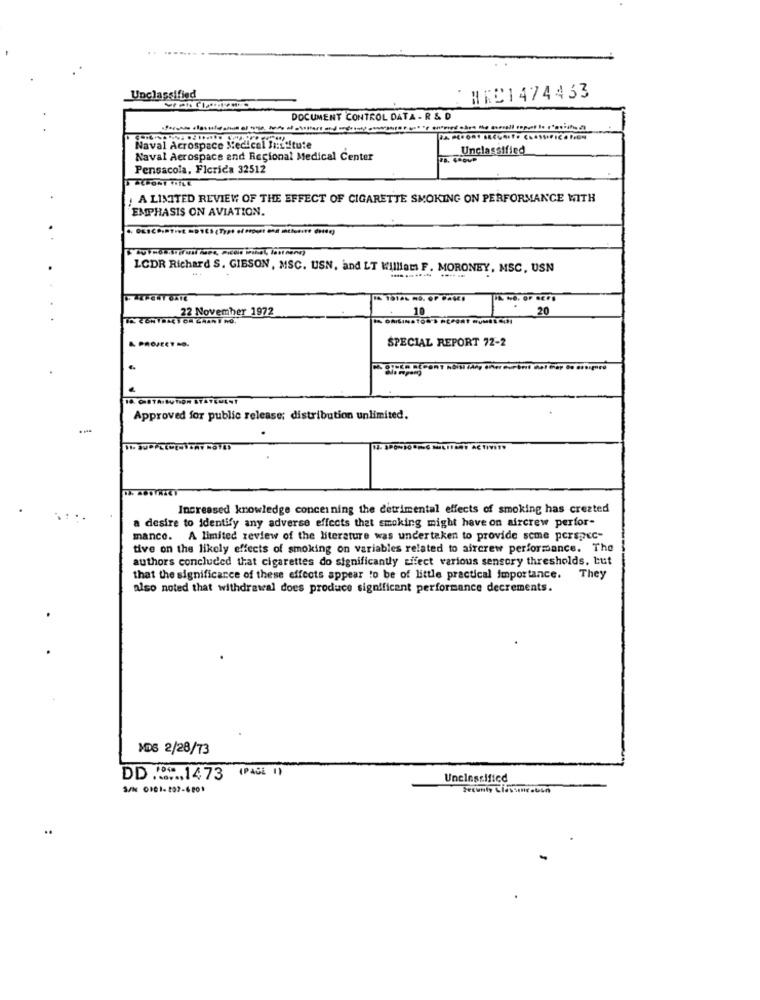
Unclassified
HEC1474433
DOCUMENT CONTROL DATA - R & D
Naval Acrospace Medical Institute
Unclassified
Naval Aerospace and Regional Medical Center
Pensacola, Ficrica 32512
! A LIMITED REVIEW OF THE EFFECT OF CIGARETTE SMOKING ON PERFORMANCE WITH
EMPHASIS ON AVIATION.
LCDR Richard S. GIBSON, MSC. USN, and LT Williams F. MORONEY, MSC, USN
1. 2822 November 1972
10
20
SPECIAL REPORT 72-2
Approved for public release; distribution unlimited.
Increased knowledge concerning the detrimental effects of smoking has created
a desire to identify any adverse effects that smoking might have on aircrew perfor-
manco. A limited review of the literature was undertaken to provide some perspec-
tive on the likely effects of smoking on variables related to aircrew performance. The
authors concluded that cigarettes do significantly Effect various sensory thresholds, but
that the significance of these effects appear to be of little practical importance. They
also noted that withdrawal does produce significant performance decrements.
MD5 2/28/73
.... 1473 (PAGE 1)
Unclassificd
S/N 0101- 207-6801
Secunty Llassıe.bin